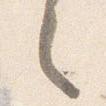
之